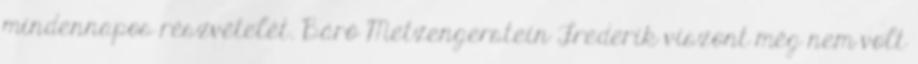
mindennapos részvételét. Báró Metzengerstein Frederik viszont még nem volt